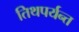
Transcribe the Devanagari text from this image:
तिथपर्यन्त